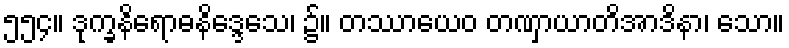
၅၅၄။ ဒုက္ခနိရောဓနိဒ္ဒေသေ၊ ၌။ တဿာယေဝ တဏှာယာတိအာဒိနာ၊ သော။